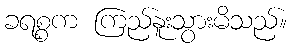
ခရစ္စက ကြည်နူးသွားမိသည်။